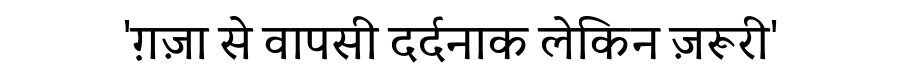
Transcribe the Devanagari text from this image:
'ग़ज़ा से वापसी दर्दनाक लेकिन ज़रूरी'